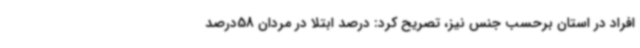
افراد در استان برحسب جنس نیز، تصریح کرد: درصد ابتلا در مردان 58درصد